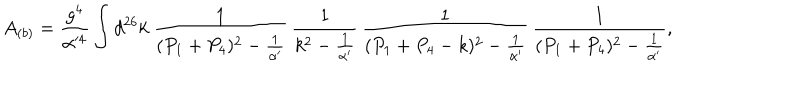
LaTeX: A _ { ( b ) } = \frac { g ^ { 4 } } { \alpha ^ { 4 } } \int d ^ { 2 6 } k ~ \frac { 1 } { ( P _ { 1 } + P _ { 4 } ) ^ { 2 } - \frac { 1 } { \alpha ^ { \prime } } } \, \frac { 1 } { k ^ { 2 } - \frac { 1 } { \alpha ^ { \prime } } } \, \frac { 1 } { ( P _ { 1 } + P _ { 4 } - k ) ^ { 2 } - \frac { 1 } { \alpha ^ { \prime } } } \, \frac { 1 } { ( P _ { 1 } + P _ { 4 } ) ^ { 2 } - \frac { 1 } { \alpha ^ { \prime } } } ,